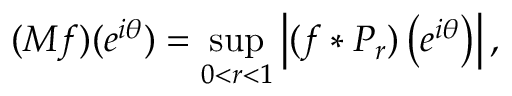
( M f ) ( e ^ { i \theta } ) = \operatorname* { s u p } _ { 0 < r < 1 } \left| ( f * P _ { r } ) \left( e ^ { i \theta } \right) \right| ,